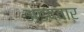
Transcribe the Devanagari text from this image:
अंडद्वार